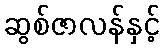
ဆွစ်ဇာလန်နှင့်